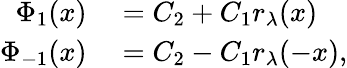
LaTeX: \begin{array}{rl}{\Phi_{1}(x)}&{{}=C_{2}+C_{1}r_{\lambda}(x)}\\ {\Phi_{-1}(x)}&{{}=C_{2}-C_{1}r_{\lambda}(-x),}\end{array}